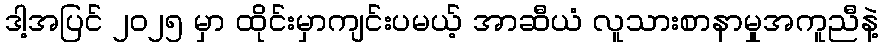
ဒါ့အပြင် ၂၀၂၅ မှာ ထိုင်းမှာကျင်းပမယ့် အာဆီယံ လူသားစာနာမှုအကူညီနဲ့